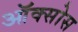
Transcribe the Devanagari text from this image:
ऑक्सोस